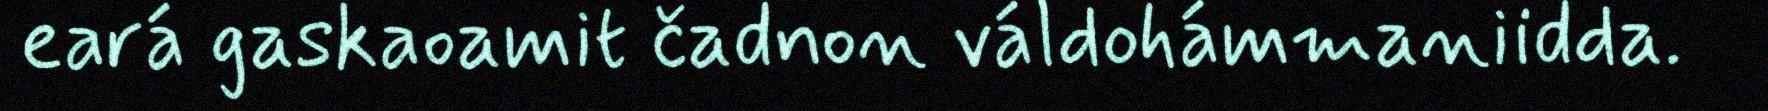
eará gaskaoamit čadnon váldohámmaniidda.